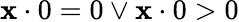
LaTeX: \mathbf{x}\cdot0=0\lor\mathbf{x}\cdot0>0